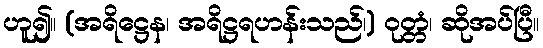
ဟူ၍။ (အရိဋ္ဌေန၊ အရိဋ္ဌရဟန်းသည်၊) ဝုတ္တံ၊ ဆိုအပ်ပြီ။